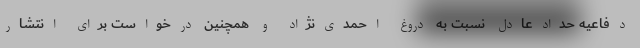
دفاعیه حدادعادل نسبت به دروغ احمدی‌نژاد و همچنین درخواست برای انتشار